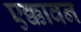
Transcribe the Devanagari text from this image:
एक्कावन